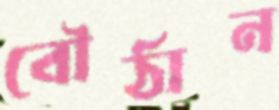
বৌঠান